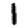
Digit: 1